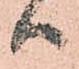
ハ